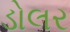
ડોલર